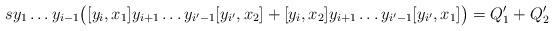
LaTeX: \begin{align*}s y_1 \dots y_{i-1} \bigl( [y_i, x_1] y_{i+1} \dots y_{i' - 1} [y_{i'} , x_2] + [y_i, x_2] y_{i+1} \dots y_{i' - 1} [y_{i'} , x_1] \bigr) = Q_1' + Q_2'\end{align*}